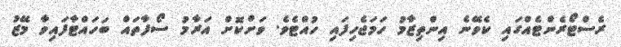
ރެސްޓޯރެންޓެއްގައި ކެވޭނެ އިންތިޒާމު ހަމަޖެހިފައި ހުއްޓެވެ. ވަށްކޮށް އަރާމު ސޯފާތައް ބަހައްޓާފައިވާ މޭޒު